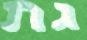
גת